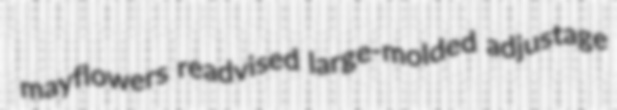
mayflowers readvised large-molded adjustage